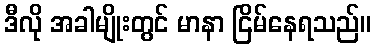
ဒီလို အခါမျိုးတွင် မာနာ ငြိမ်နေရသည်။